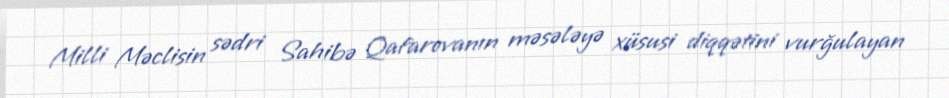
Milli Məclisin sədri Sahibə Qafarovanın məsələyə xüsusi diqqətini vurğulayan